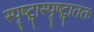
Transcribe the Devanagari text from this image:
स्पृष्ट्वास्पृष्ट्वाततः